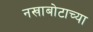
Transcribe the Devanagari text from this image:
नखाबोटाच्या